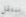
ننتقل